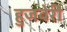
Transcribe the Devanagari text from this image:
हुजवेरी